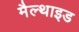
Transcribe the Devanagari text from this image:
मैल्थाइड